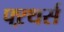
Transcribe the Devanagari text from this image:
फ्ऱथर्स